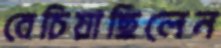
বেচিয়াছিলেন